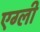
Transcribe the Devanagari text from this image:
एग्ली